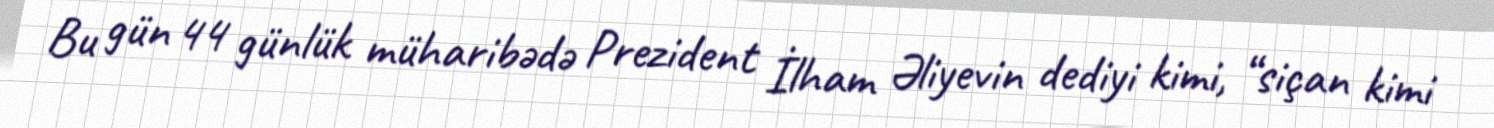
Bu gün 44 günlük müharibədə Prezident İlham Əliyevin dediyi kimi, “siçan kimi